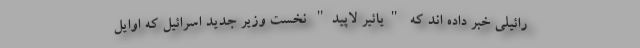
رائیلی خبر داده اند که "یائیر لاپید" نخست وزیر جدید اسرائیل که اوایل